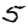
Digit: 5